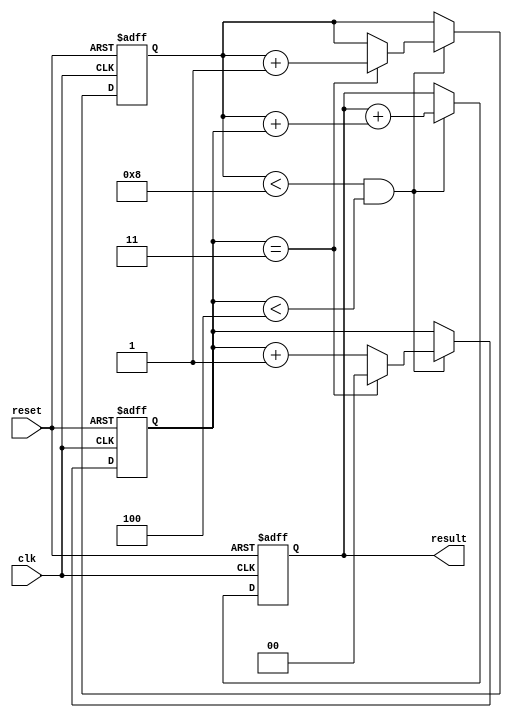
module multiple_iterators_loop (
    input clk,
    input reset,
    output reg [3:0] result
);

reg [2:0] iterator_1;
reg [1:0] iterator_2;

always @(posedge clk or posedge reset) begin
    if (reset) begin
        iterator_1 <= 0;
        iterator_2 <= 0;
        result <= 0;
    end else begin
        if (iterator_1 < 8 && iterator_2 < 4) begin
            // Perform some actions here based on the iterators
            result <= result + (iterator_1 + iterator_2);
            
            // Update iterators
            if (iterator_2 == 3) begin
                iterator_1 <= iterator_1 + 1;
                iterator_2 <= 0;
            end else begin
                iterator_2 <= iterator_2 + 1;
            end
        end
    end
end

endmodule